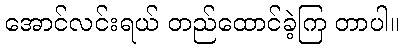
အောင်လင်းရယ် တည်ထောင်ခဲ့ကြ တာပါ။